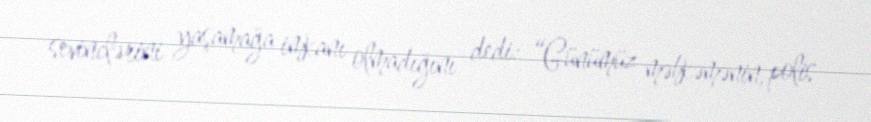
sevinclərini yaşamağa imkanı olmadığını dedi: “Günümüz məhkəmənin, polis